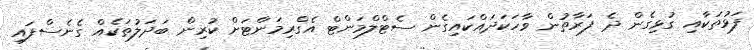
ފަޅުތަކާއި ގުޅިގެން ދެ ފަރާތުން ވާހަކަދައްކައިގެން ސެޓްލްމަންޓް އެގްރިމަންޓަށް ކުރިން ބަދަލުތަކެއް ގެނެސްފައި